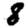
Digit: 8